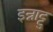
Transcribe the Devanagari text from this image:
इन्नाट्टु